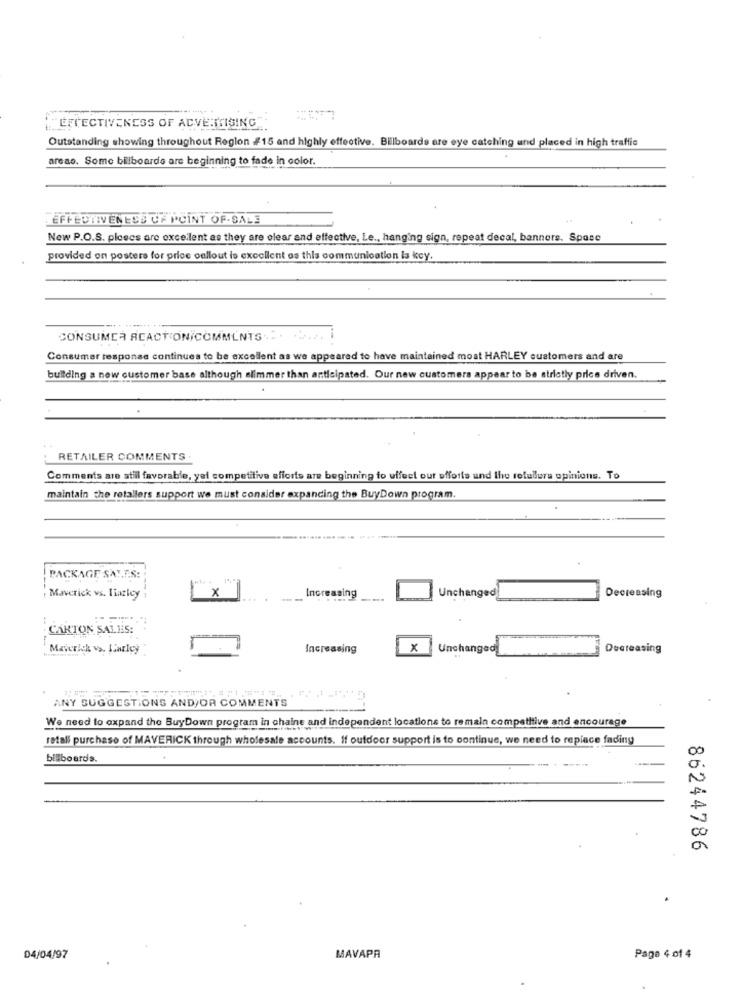
LECECTIVENESS OF ADVERTISING"
Outstanding showing throughout Region #15 and highly effective. Billboards are eye catching und placed in high traffic
areao. Some billboarde are beginning to fade in color.
EFFECTIVENESS OF POINT OF SALE
New P.O.S. ploses are excellent as they are clear and effective, Le ., hanging sign, repeat decal, banners. Space
provided on posters for price callout is excellent os this communication is key.
CONSUMER REACTIONICOMMENTS. . ..... i
Consumer response continues to be excellent as we appeared to have maintained most HARLEY customers and are
building a new customer base although slimmer than anticipated. Our new customers appear to be strictly price driven.
RETAILER COMMENTS
Comments are still favorable, yol competitive efforts are beginning to uffeet our efforts and the refullure opinions. To
maintain the retallers support we must consider expanding the BuyDown program.
PACKAGE SAY.E.S.
X
Increasing
Unchanged
Maverick vs. Ilaricy
--
Decreasing
CARTON SALIS:
---
Maverick vs. Karley
Increasing
x
Unchanged
Decreasing
ANY SUGGESTIONS AND/OR COMMENTS
We need to expand the BuyDown program in chains and independent locations to remain competitive and encourage
retali purchase of MAVERICK through wholesale accounts. If outdoor support is to continue, we need to replace fading
00
billboards.
N
00
86244786
04/04/97
MAVAPA
Page 4 of 4